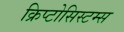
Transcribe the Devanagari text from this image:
क्रिप्टोसिस्टम्स